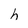
Character: h